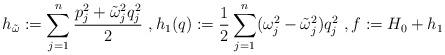
LaTeX: \begin{align*}h_{\tilde \omega}:=\sum_{j=1}^{n}\frac{p_j^2+\tilde \omega_j^2q_j^2}{2}\ , h_1(q):=\frac{1}{2}\sum_{j=1}^{n}(\omega_j^2-\tilde\omega_j^2)q_j^2\ ,f:=H_0+h_1\end{align*}